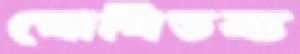
ঘোষিতব্য